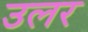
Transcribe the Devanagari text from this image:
उलर